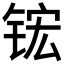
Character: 𬭎